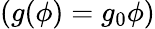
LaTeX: (g(\phi)=g_{0}\phi)